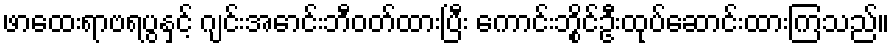
ဖာထေးရာဗရပွနှင့် ဂျင်းအောင်းဘီဝတ်ထားပြီး ကောင်းဘွိုင်ဦးထုပ်ဆောင်းထားကြသည်။